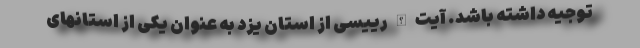
توجیه داشته باشد. آیت الله رییسی از استان یزد به عنوان یکی از استانهای